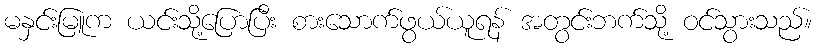
မနှင်းမြူက ယင်းသို့ပြောပြီး စားသောက်ဖွယ်ယူရန် အတွင်းဘက်သို့ ဝင်သွားသည်။